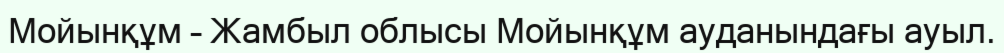
Мойынқұм – Жамбыл облысы Мойынқұм ауданындағы ауыл.